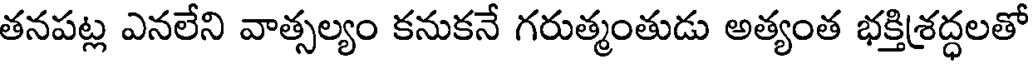
తనపట్ల ఎనలేని వాత్సల్యం కనుకనే గరుత్మంతుడు అత్యంత భక్తిశద్ధలతో